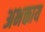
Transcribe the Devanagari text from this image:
अभक्ताय